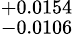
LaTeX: ^{+0.0154}_{-0.0106}